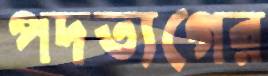
পদত্যগের